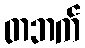
တဘက်